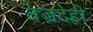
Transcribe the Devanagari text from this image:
वज्रदेही